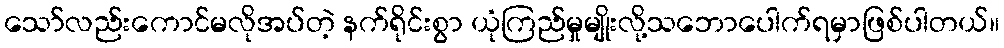
သော်လည်းကောင်မလိုအပ်တဲ့ နက်ရိုင်းစွာ ယုံကြည်မှုမျိုးလို့သဘောပေါက်ရမှာဖြစ်ပါတယ်။